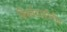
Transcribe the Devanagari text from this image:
बिबवेवाडीतील